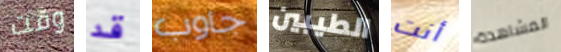
وقت قد جاوب الطيبين أنت المشاهدة